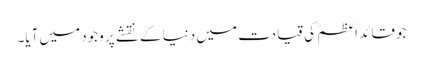
جو قائد اعظم ؒ کی قیادت میں دنیا کے نقشے پر وجود میں آیا۔